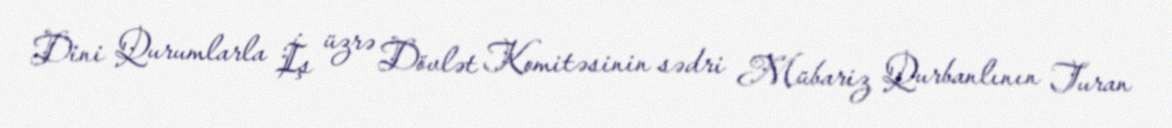
Dini Qurumlarla İş üzrə Dövlət Komitəsinin sədri Mübariz Qurbanlının Turan